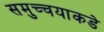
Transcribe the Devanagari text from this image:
समुच्चयाकडे